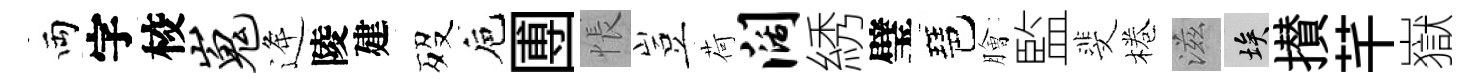
両字校嵬逄陵建歿巵圑悵豈荷阔綉璧琶膾監斐棬滋埃攅芊嶽